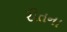
રીતના